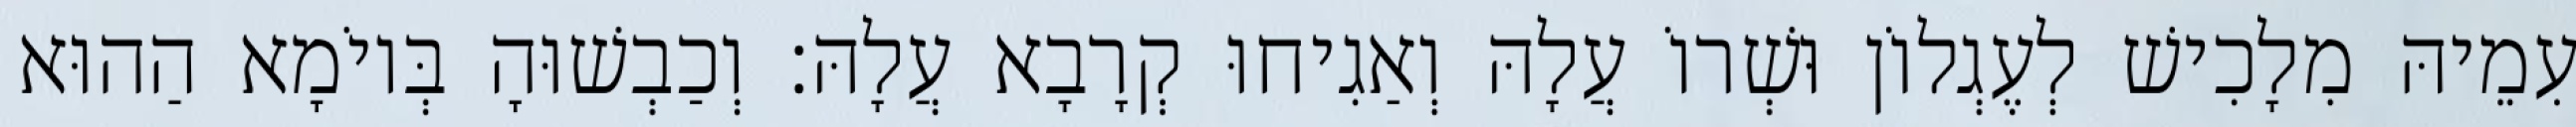
עִמֵיהּ מִלָכִישׁ לְעֶגְלוֹן וּשְׁרוֹ עֲלָהּ וְאַגִיחוּ קְרָבָא עֲלָהּ׃ וְכַבְשׁוּהָ בְּיוֹמָא הַהוּא